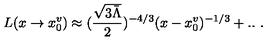
L ( x \rightarrow x _ { 0 } ^ { v } ) \approx ( \frac { \sqrt { 3 \bar { \Lambda } } } { 2 } ) ^ { - 4 / 3 } ( x - x _ { 0 } ^ { v } ) ^ { - 1 / 3 } + . . \ .